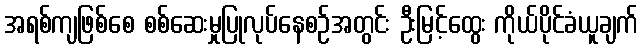
အရစ်ကျဖြစ်စေ စစ်ဆေးမှုပြုလုပ်နေစဉ်အတွင်း ဦးမြင့်ထွေး ကိုယ်ပိုင်ခံယူချက်